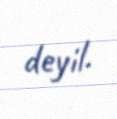
deyil.